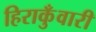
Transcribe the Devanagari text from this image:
हिराकुँवारी